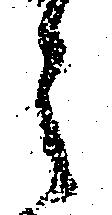
之